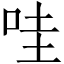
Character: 哇